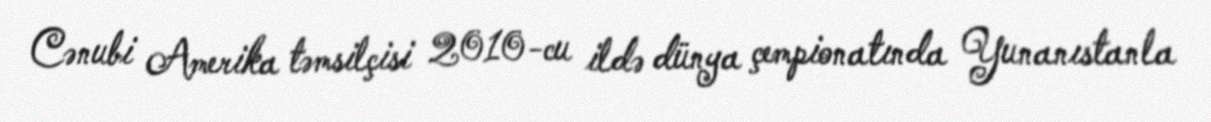
Cənubi Amerika təmsilçisi 2010-cu ildə dünya çempionatında Yunanıstanla